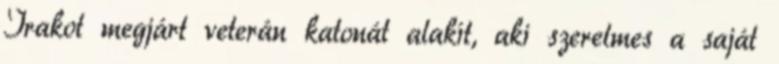
Irakot megjárt veterán katonát alakít, aki szerelmes a saját